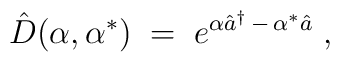
{\hat D}(\alpha,\alpha^*) \;=\; e^{\alpha {\hat a}^\dagger \,-\,\alpha^* {\hat a}} \;,